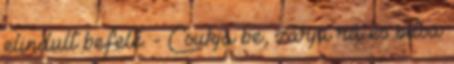
elindult befelé. - Csukja be, zárja rá és oltsa